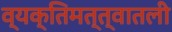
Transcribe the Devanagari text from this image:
व्यक्तिमत्त्वातली